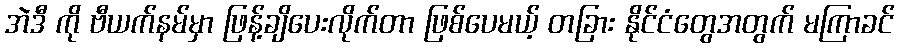
အဲဒီ ကို ဗီယက်နမ်မှာ ဖြန့်ချိပေးလိုက်တာ ဖြစ်ပေမယ့် တခြား နိုင်ငံတွေအတွက် မကြာခင်